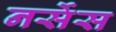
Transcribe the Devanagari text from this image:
नर्सेस